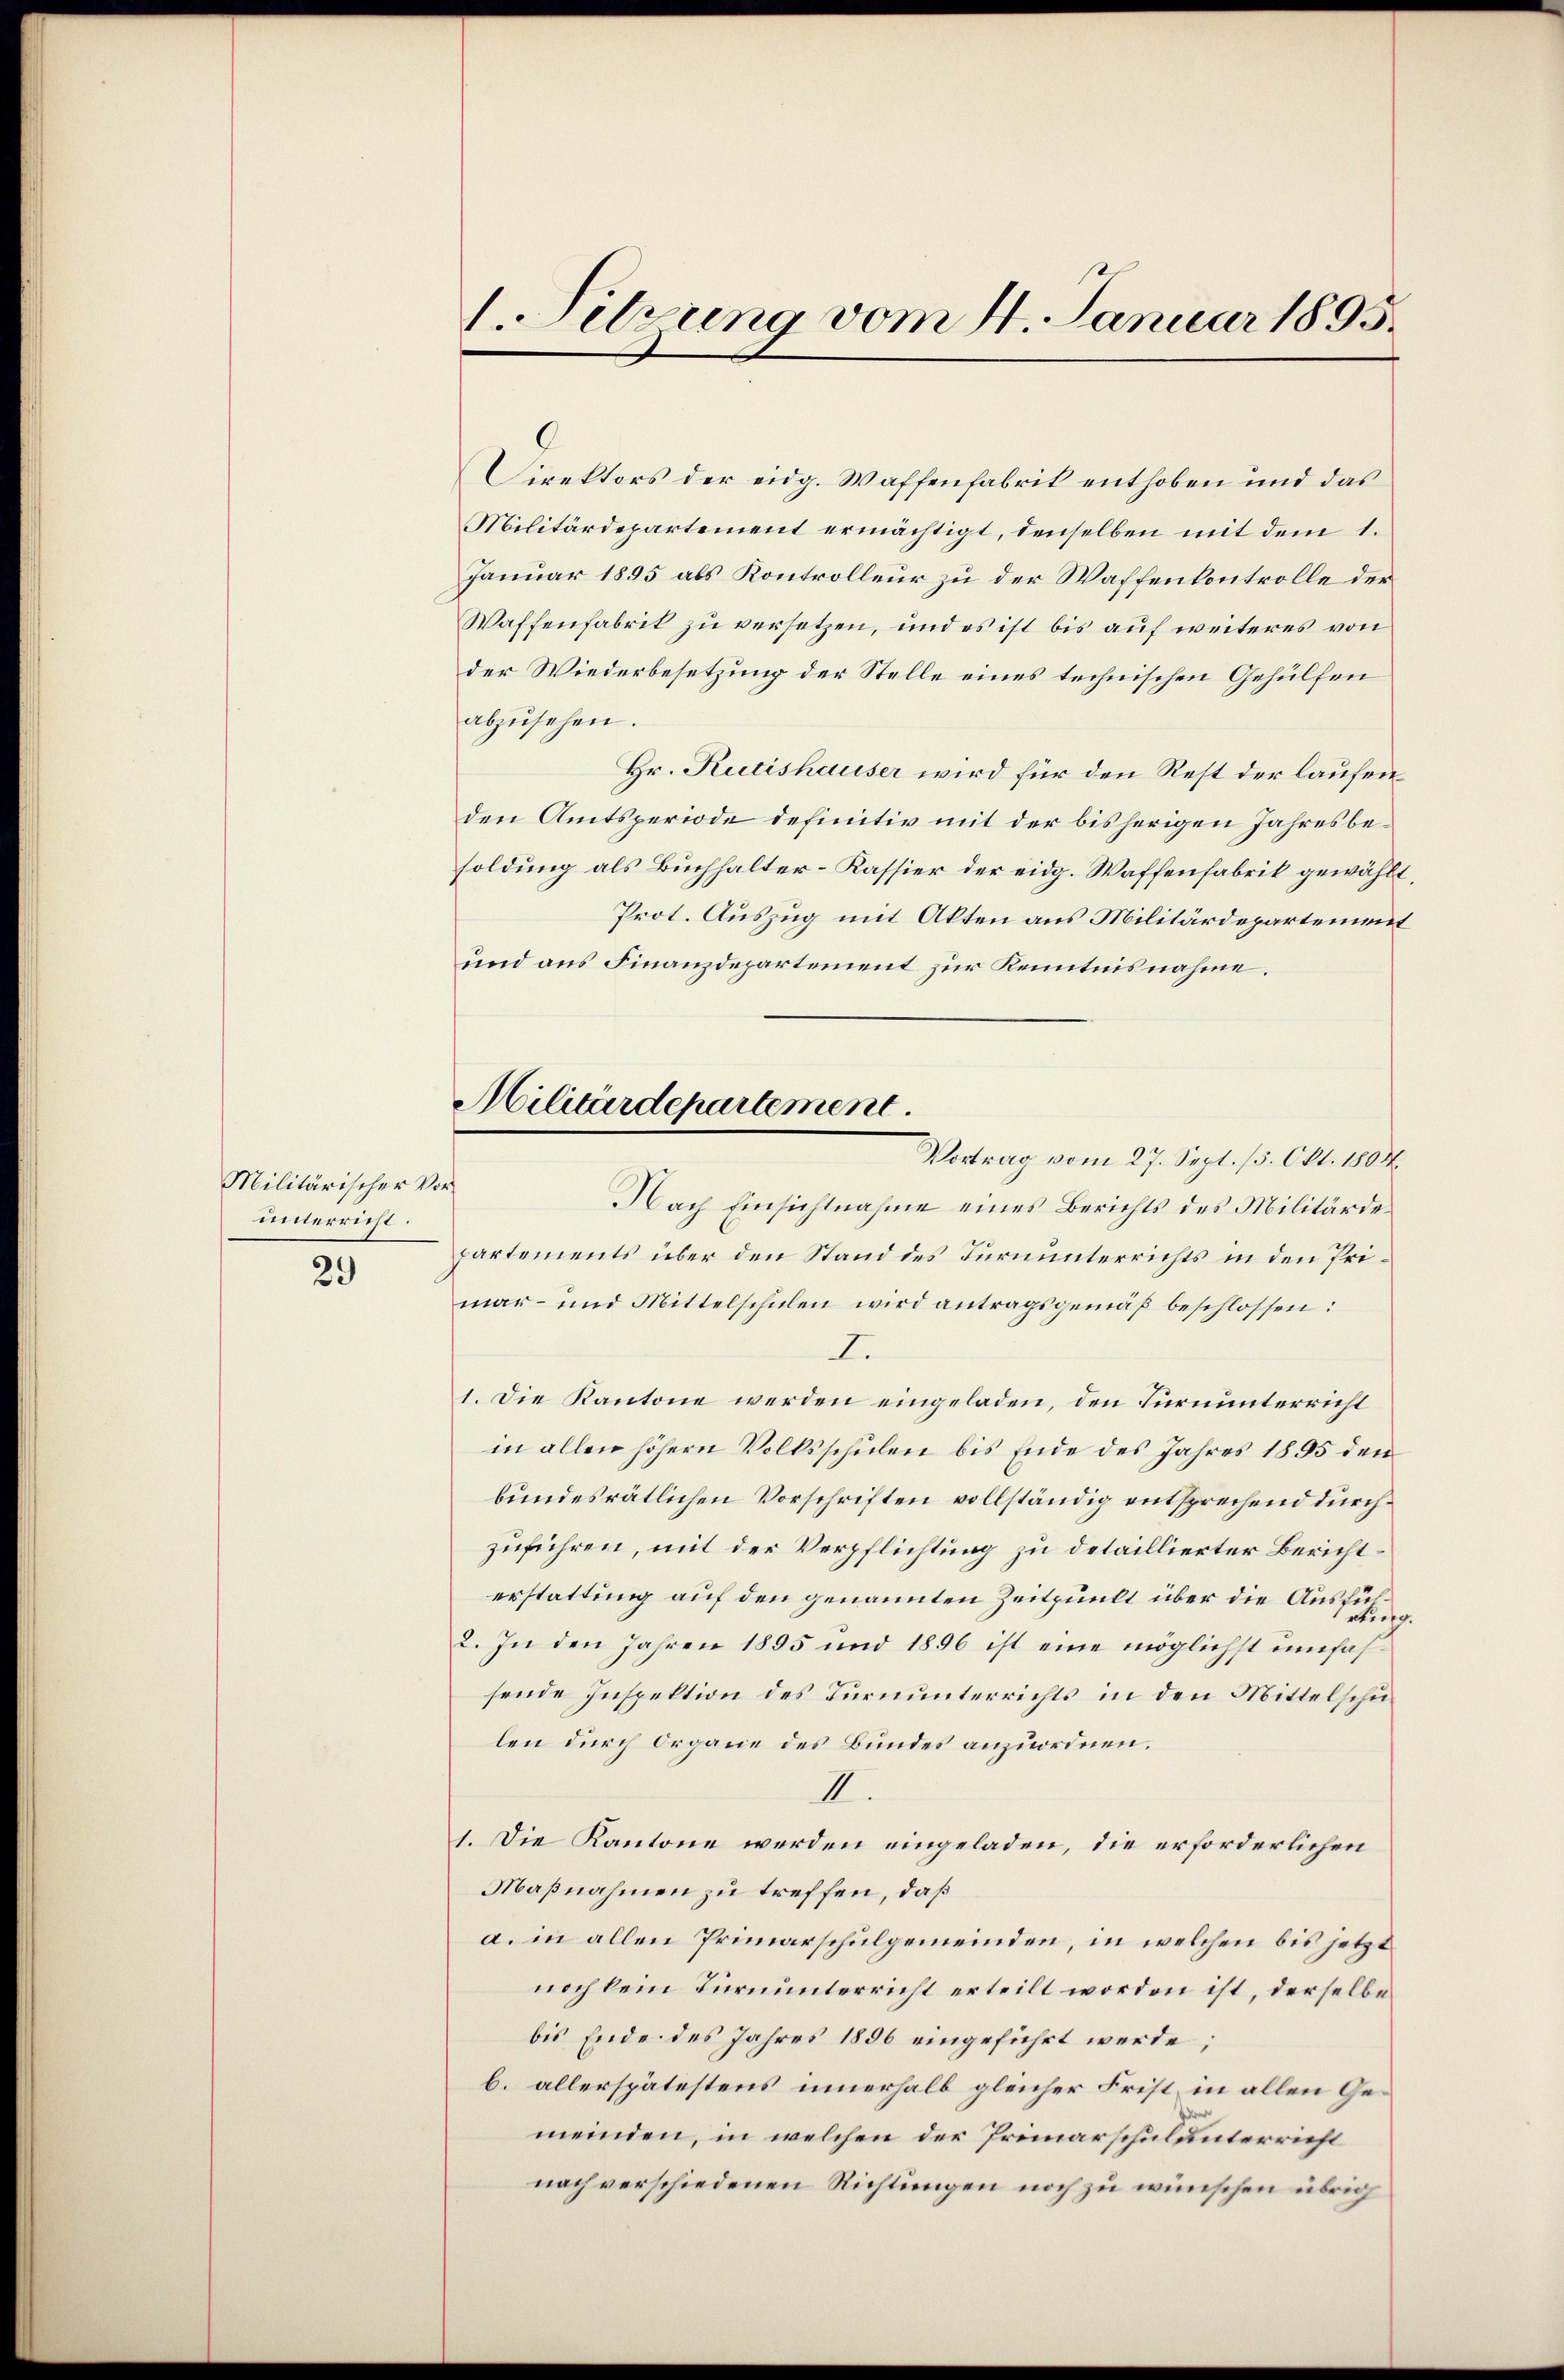
Militärischer V
unterricht.

29)

1. Setzung vom 4. Januar 1895.

Militärdepartement.

Direktors der eidg. Waffenfabrik enthoben und das
Militärdepartement ermächtigt, denselben mit dem 1.
Januar 1895 als Kontrolleur zu der Waffenkontrolle der
Waffenfabrit zu versetzen, und es ist bis auf weiteres von
der Wiederbesetzung der Stelle eines technischen Gehülfen
abzŭsehen.
Hr. Rutishauser wird für den Rest der laufenden Amtsperiode definitiv mit der bisherigen Jahresbesoldung als Buchhalter-Kassier der eidg. Waffenfabrik gewählt,
Prot. Auszug mit Akten aus Militärdepartement
und aus Finanzdepartement zur Kenntnisnahme.
Vortrag vom 27. Sept. 15. Okt. 1804.
e
Nach Einsichtnahme eines Berichts des Militärdepartements über den Stand des Turnunterrichts in den Primar- und Mittelschulen wird antragsgemäß beschlossen:
I.
1. Die Kantone werden eingeladen, den Turnunterricht
in allen höhern Volksschulen bis Ende des Jahres 1895 den
bundesrätlichen Vorschriften vollständig entsprechend durchzuführen, mit der Verpflichtung zu detaillierter Berichterstattung auf den genannten Zeitpunkt über die Ausschung.
2. In den Jahren 1895 und 1896 ist eine möglichst umfassende Inspektion des Turnunterrichts in den Mittelschulen durch Organe des Bundes anzuordnen.
II.
1. Die Kantone werden eingeladen, die erforderlichen
Maßnahmen zu treffen, daß
a. in allen Primarschulgemeinden, in welchen bis jetzt
noch kein Turnunterricht erteilt worden ist, derselbe
bis Ende des Jahres 1856 eingeführt werde;
b. allerspätestens innerhalb gleicher Frist in allen Gemeinden, in welchen der Primarschulunterricht
nach verschiedenen Richtungen noch zu wünschen übrig